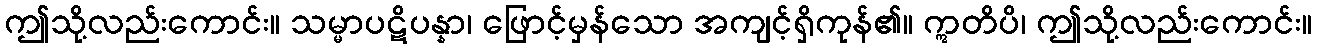
ဤသို့လည်းကောင်း။ သမ္မာပဋိပန္နာ၊ ဖြောင့်မှန်သော အကျင့်ရှိကုန်၏။ ဣတိပိ၊ ဤသို့လည်းကောင်း။